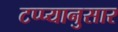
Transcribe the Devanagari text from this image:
टप्प्यानुसार